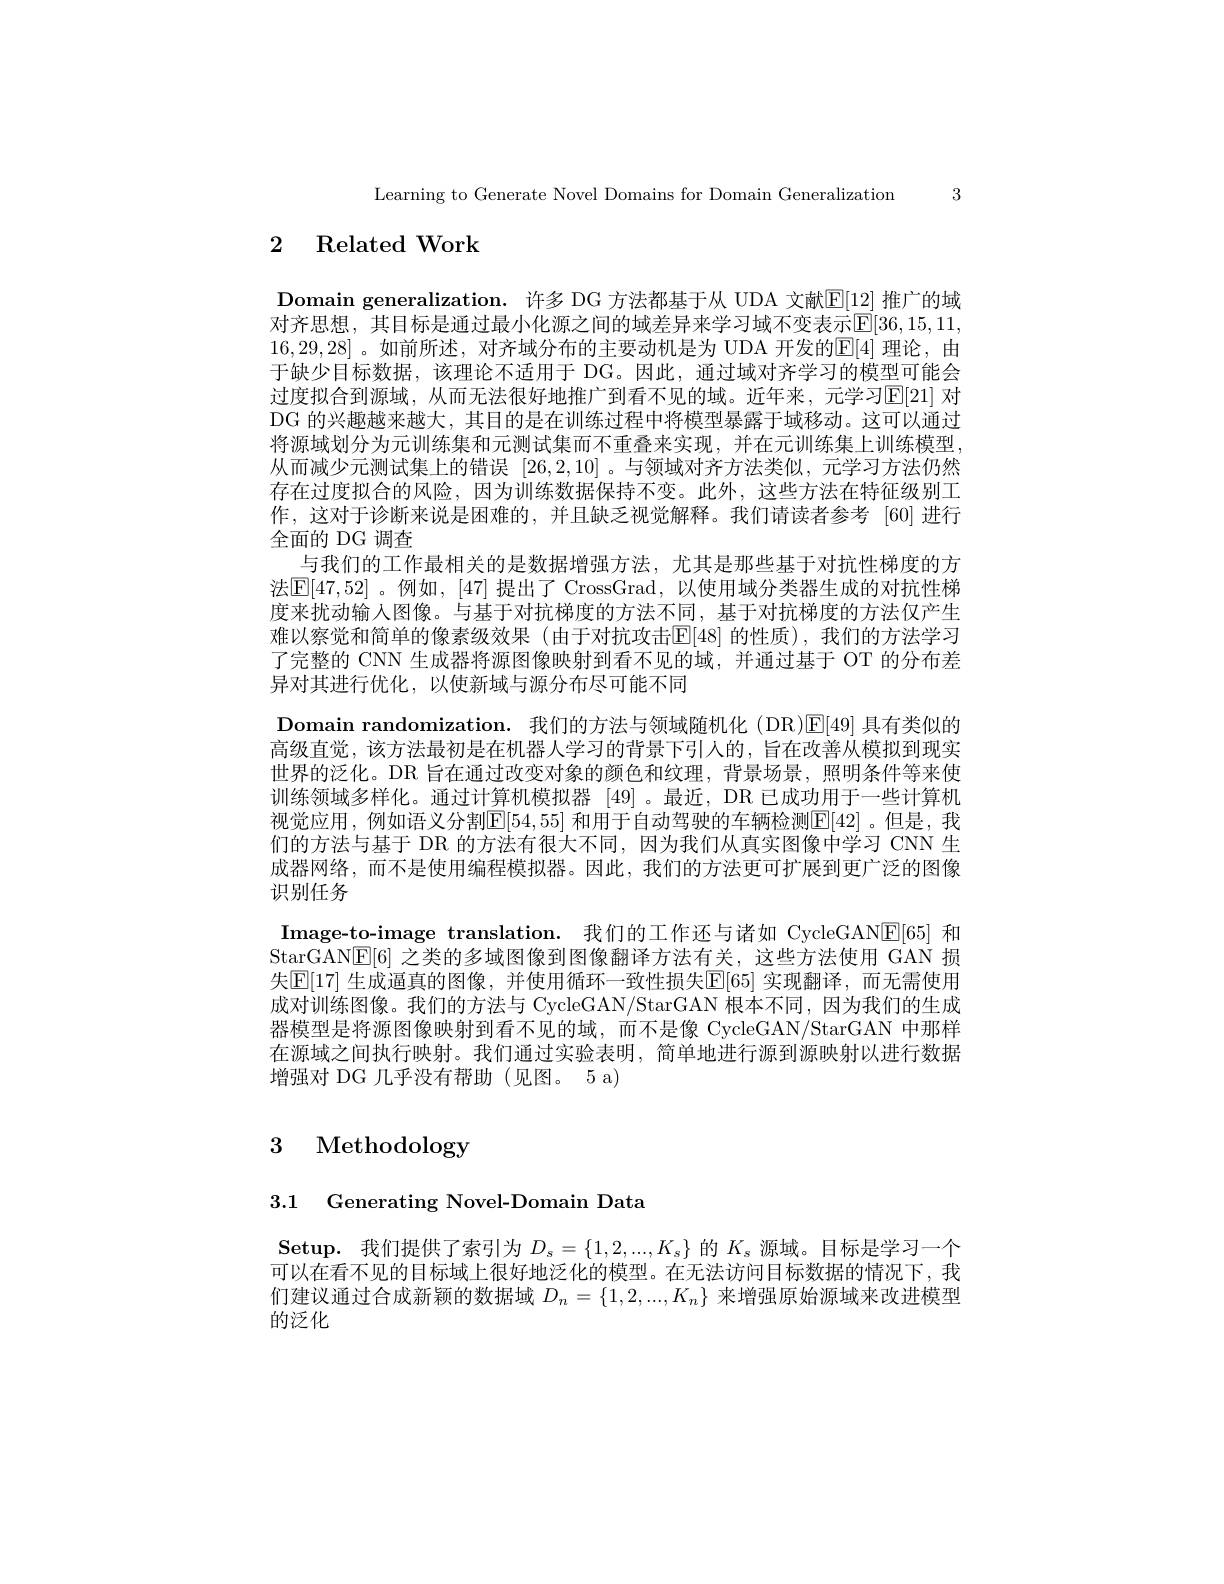
Learning to Generate Novel Domains for Domain Generalization 3

## 2 Related Work

Domain generalization. 许多 DG 方法都基于从 UDA 文献$\mathbb{E}[12]$ 推广的域对齐思想，其目标是通过最小化源之间的域差异来学习域不变表示$\mathbb{E}[36,15,11,1]$ 16,29,28] 。如前所述，对齐域分布的主要动机是为 UDA 开发的$\overline{\mathbb{E}}[4]$ 理论，由于缺少目标数据，该理论不适用于 DG。因此，通过域对齐学习的模型可能会过度拟合到源域，从而无法很好地推广到看不见的域。近年来，元学习$\mathbb{E}[21]$ 对DG 的兴趣越来越大，其目的是在训练过程中将模型暴露于域移动。这可以通过将源域划分为元训练集和元测试集而不重叠来实现，并在元训练集上训练模型从而减少元测试集上的错误[26,2,10] 。与领域对齐方法类似，元学习方法仍然存在过度拟合的风险，因为训练数据保持不变。此外，这些方法在特征级别工作，这对于诊断来说是困难的，并且缺乏视觉解释。我们请读者参考 [60]进行全面的 DG 调查
与我们的工作最相关的是数据增强方法，尤其是那些基于对抗性梯度的方法$\mathsf{E}[47,52]$ 。例如，[47] 提出了 CrossGrad,以使用域分类器生成的对抗性梯度来扰动输入图像。与基于对抗梯度的方法不同，基于对抗梯度的方法仅产生难以察觉和简单的像素级效果(由于对抗攻击E[48]的性质),我们的方法学习了完整的 CNN 生成器将源图像映射到看不见的域，并通过基于 OT 的分布差异对其进行优化，以使新域与源分布尽可能不同
Domain randomization. 我们的方法与领域随机化(DR)E[49] 具有类似的高级直觉，该方法最初是在机器人学习的背景下引人的，旨在改善从模拟到现实世界的泛化。DR 旨在通过改变对象的颜色和纹理，背景场景，照明条件等来使训练领域多样化。通过计算机模拟器[49] 。最近，DR 已成功用于一些计算机视觉应用，例如语义分割$\mathbb{E}[54,55]$ 和用于自动驾驶的车辆检测$\mathbb{E}[42]$。但是，我们的方法与基于 DR 的方法有很大不同，因为我们从真实图像中学习 CNN 生成器网络，而不是使用编程模拟器。因此，我们的方法更可扩展到更广泛的图像识别任务
Image-to-image translation. 我们的工作还与诸如 CycleGAN[E[65] 和StarGAN[E[6] 之类的多域图像到图像翻译方法有关，这些方法使用 GAN 损失[E[17] 生成逼真的图像，并使用循环一致性损失$\mathbb{E}[65]$ 实现翻译，而无需使用成对训练图像。我们的方法与 CycleGAN/StarGAN 根本不同，因为我们的生成器模型是将源图像映射到看不见的域，而不是像 CycleGAN/StarGAN 中那样在源域之间执行映射。我们通过实验表明，简单地进行源到源映射以进行数据增强对 DG 几乎没有帮助(见图。5 a)

# 3 Methodology

3.1 Generating Novel-Domain Data

$\textbf{Setup. 我 们 提 供 了 索 引 为 }D_s= \{ 1, 2, . . . , K_s\}$的$K_s$源域。目标是学习一个可以在看不见的目标域上很好地泛化的模型。在无法访问目标数据的情况下，我们建议通过合成新颖的数据域$D_n=\{1,2,...,K_n\}$来增强原始源域来改进模型的泛化